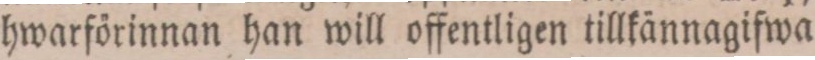
hwarförinnan han will offentligen tillkännagifwa